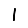
Digit: 1